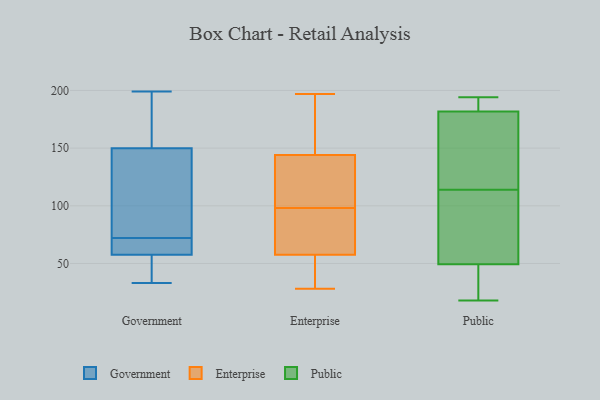
{"axis": {"x": "Net Income (USD K)", "y": "Value"}, "legend": ["Enterprise", "Government", "Public"], "data": [{"x": "", "y": 72, "type": "Government"}, {"x": "", "y": 62, "type": "Government"}, {"x": "", "y": 163, "type": "Government"}, {"x": "", "y": 79, "type": "Government"}, {"x": "", "y": 199, "type": "Government"}, {"x": "", "y": 66, "type": "Government"}, {"x": "", "y": 53, "type": "Government"}, {"x": "", "y": 176, "type": "Government"}, {"x": "", "y": 195, "type": "Government"}, {"x": "", "y": 63, "type": "Government"}, {"x": "", "y": 91, "type": "Government"}, {"x": "", "y": 79, "type": "Government"}, {"x": "", "y": 37, "type": "Government"}, {"x": "", "y": 64, "type": "Government"}, {"x": "", "y": 56, "type": "Government"}, {"x": "", "y": 36, "type": "Government"}, {"x": "", "y": 33, "type": "Government"}, {"x": "", "y": 161, "type": "Government"}, {"x": "", "y": 117, "type": "Government"}, {"x": "", "y": 28, "type": "Enterprise"}, {"x": "", "y": 106, "type": "Enterprise"}, {"x": "", "y": 131, "type": "Enterprise"}, {"x": "", "y": 166, "type": "Enterprise"}, {"x": "", "y": 34, "type": "Enterprise"}, {"x": "", "y": 197, "type": "Enterprise"}, {"x": "", "y": 65, "type": "Enterprise"}, {"x": "", "y": 132, "type": "Enterprise"}, {"x": "", "y": 70, "type": "Enterprise"}, {"x": "", "y": 37, "type": "Enterprise"}, {"x": "", "y": 55, "type": "Enterprise"}, {"x": "", "y": 172, "type": "Enterprise"}, {"x": "", "y": 176, "type": "Enterprise"}, {"x": "", "y": 148, "type": "Enterprise"}, {"x": "", "y": 69, "type": "Enterprise"}, {"x": "", "y": 124, "type": "Enterprise"}, {"x": "", "y": 77, "type": "Enterprise"}, {"x": "", "y": 98, "type": "Enterprise"}, {"x": "", "y": 35, "type": "Enterprise"}, {"x": "", "y": 73, "type": "Public"}, {"x": "", "y": 51, "type": "Public"}, {"x": "", "y": 181, "type": "Public"}, {"x": "", "y": 44, "type": "Public"}, {"x": "", "y": 18, "type": "Public"}, {"x": "", "y": 155, "type": "Public"}, {"x": "", "y": 194, "type": "Public"}, {"x": "", "y": 143, "type": "Public"}, {"x": "", "y": 185, "type": "Public"}, {"x": "", "y": 40, "type": "Public"}, {"x": "", "y": 114, "type": "Public"}, {"x": "", "y": 107, "type": "Public"}, {"x": "", "y": 184, "type": "Public"}]}